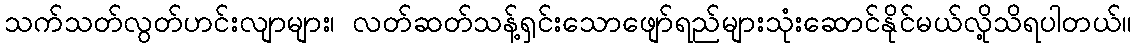
သက်သတ်လွတ်ဟင်းလျာများ၊ လတ်ဆတ်သန့်ရှင်းသောဖျော်ရည်များသုံးဆောင်နိုင်မယ်လို့သိရပါတယ်။